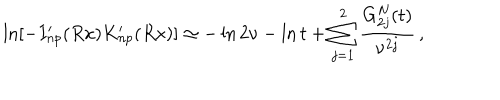
LaTeX: \ln \left[ - I _ { n p } ^ { \prime } ( R x ) K _ { n p } ^ { \prime } ( R x ) \right] \simeq - \ln 2 \nu - \ln t + \sum _ { j = 1 } ^ { 2 } \frac { G _ { 2 j } ^ { N } ( t ) } { \nu ^ { 2 j } } \, { , }